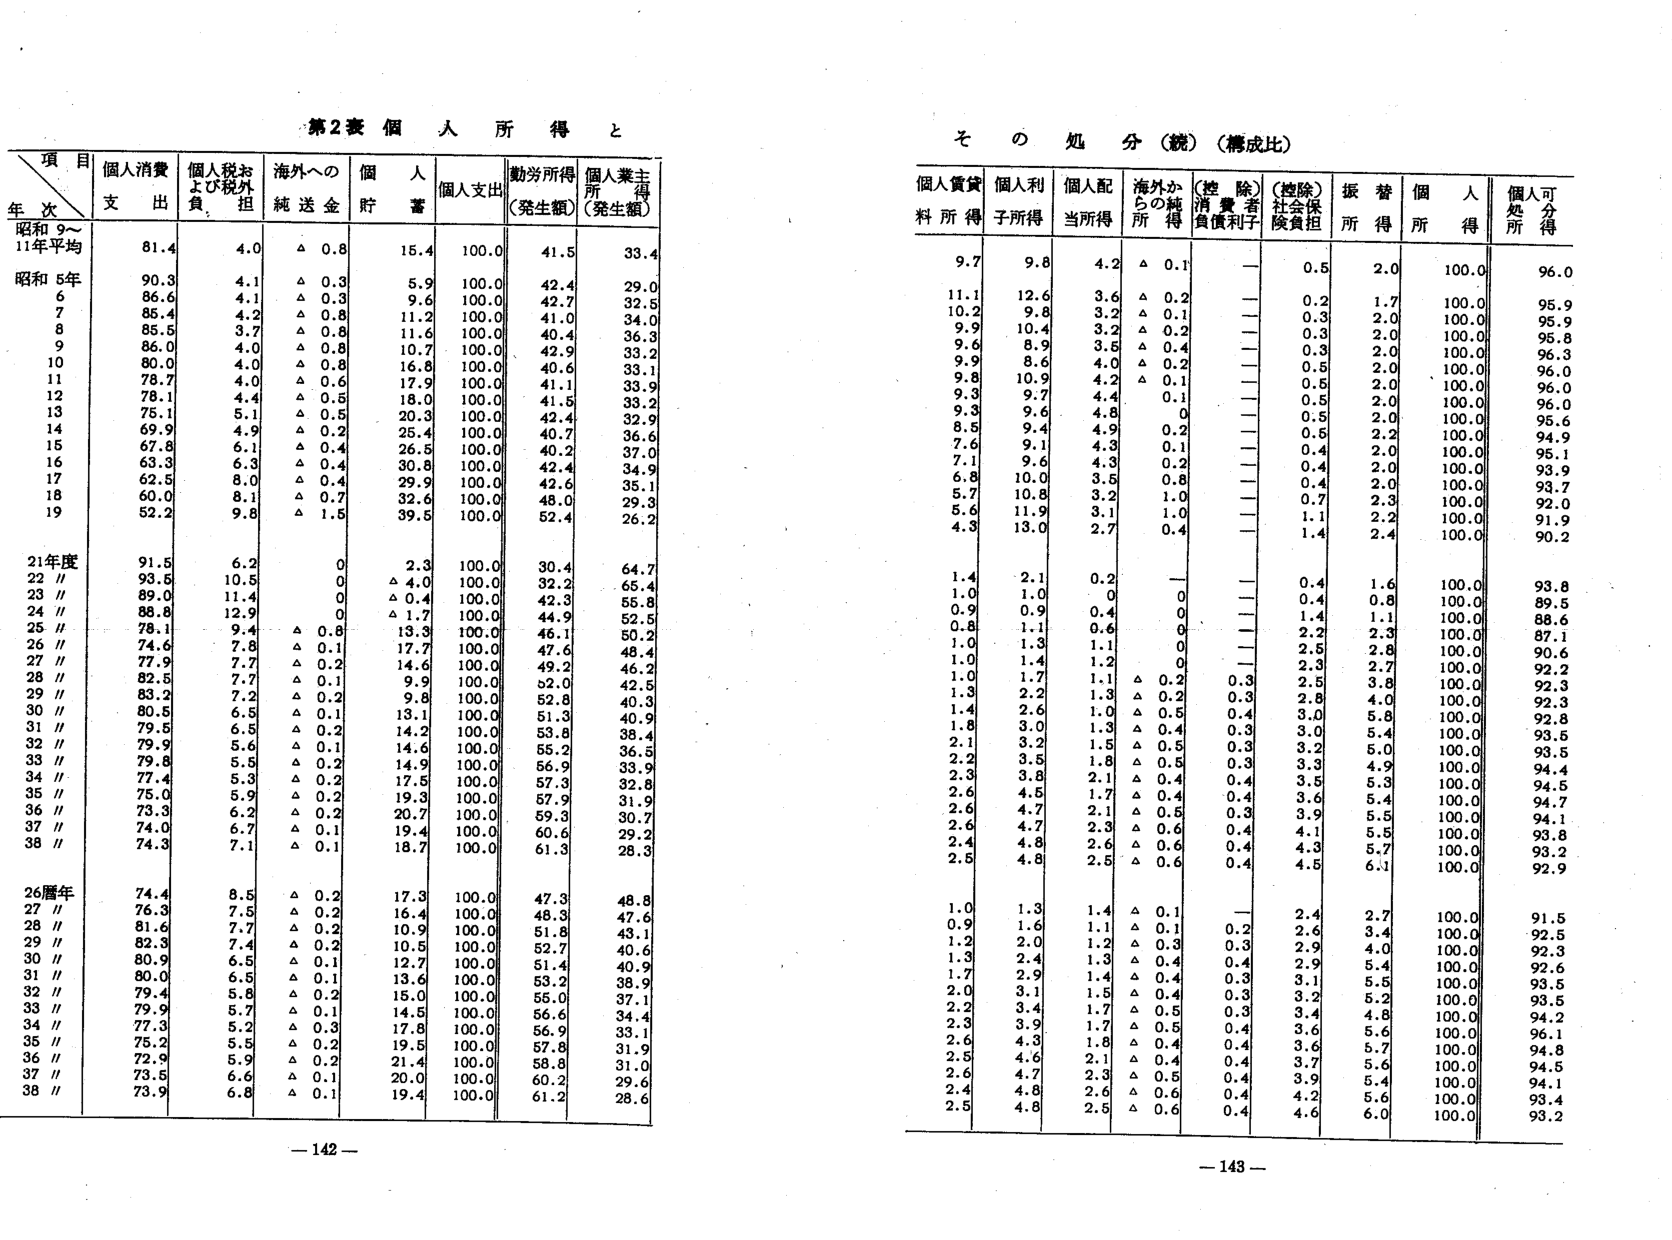
第2表 個人所得と

項目
年次
個人消費支出
個人税および税外負担
海外への純送金
個人貯蓄
個人支出
勤労所得（発生額）
個人業主所得（発生額）

昭和9～11年平均
81.4
4.0
△ 0.8
15.4
100.0
41.5
33.4

昭和5年
90.3
4.1
△ 0.3
5.9
100.0
42.4
29.0
6
86.6
4.1
△ 0.3
9.6
100.0
42.7
32.5
7
85.4
4.2
△ 0.8
11.2
100.0
41.0
34.0
8
85.5
3.7
△ 0.8
11.6
100.0
40.4
36.3
9
86.0
4.0
△ 0.8
10.7
100.0
42.9
33.2
10
80.0
4.0
△ 0.8
16.8
100.0
40.6
33.1
11
78.7
4.0
△ 0.6
17.9
100.0
41.1
33.9
12
78.1
4.4
△ 0.5
18.0
100.0
41.5
33.2
13
75.1
5.1
△ 0.5
20.3
100.0
42.4
32.9
14
69.9
4.9
△ 0.2
25.4
100.0
40.7
36.6
15
67.8
6.1
△ 0.4
26.5
100.0
40.2
37.0
16
63.3
6.3
△ 0.4
30.8
100.0
42.4
34.9
17
62.5
8.0
△ 0.4
29.9
100.0
42.6
35.1
18
60.0
8.1
△ 0.7
32.6
100.0
48.0
29.3
19
52.2
9.8
△ 1.5
39.5
100.0
52.4
26.2

21年度
91.5
6.2
0
2.3
100.0
30.4
64.7
22 //
93.5
10.5
0
△ 4.0
100.0
32.2
65.4
23 //
89.0
11.4
0
△ 0.4
100.0
42.3
55.8
24 //
88.8
12.9
0
△ 1.7
100.0
44.9
52.5
25 //
78.1
9.4
△ 0.8
13.3
100.0
46.1
50.2
26 //
74.6
7.8
△ 0.1
17.7
100.0
47.6
48.4
27 //
77.9
7.7
△ 0.2
14.6
100.0
49.2
46.2
28 //
82.5
7.7
△ 0.1
9.9
100.0
52.0
42.5
29 //
83.2
7.2
△ 0.2
9.8
100.0
52.8
40.3
30 //
80.5
6.5
△ 0.1
13.1
100.0
51.3
40.9
31 //
79.5
6.5
△ 0.2
14.2
100.0
53.8
38.4
32 //
79.9
5.6
△ 0.1
14.6
100.0
55.2
36.5
33 //
79.8
5.5
△ 0.2
14.9
100.0
56.9
33.9
34 //
77.4
5.3
△ 0.2
17.5
100.0
57.3
32.8
35 //
75.0
5.9
△ 0.2
19.3
100.0
57.9
31.9
36 //
73.3
6.2
△ 0.2
20.7
100.0
59.3
30.7
37 //
74.0
6.7
△ 0.1
19.4
100.0
60.6
29.2
38 //
74.3
7.1
△ 0.1
18.7
100.0
61.3
28.3

26暦年
74.4
8.5
△ 0.2
17.3
100.0
47.3
48.8
27 //
76.3
7.5
△ 0.2
16.4
100.0
48.3
47.6
28 //
81.6
7.7
△ 0.2
10.9
100.0
51.8
43.1
29 //
82.3
7.4
△ 0.2
10.5
100.0
52.7
40.6
30 //
80.9
6.5
△ 0.1
12.7
100.0
51.4
40.9
31 //
80.0
6.5
△ 0.1
13.6
100.0
53.2
38.9
32 //
79.4
5.8
△ 0.2
15.0
100.0
55.0
37.1
33 //
79.9
5.7
△ 0.1
14.5
100.0
56.6
34.4
34 //
77.3
5.2
△ 0.3
17.8
100.0
56.9
33.1
35 //
75.2
5.5
△ 0.2
19.5
100.0
57.8
31.9
36 //
72.9
5.9
△ 0.2
21.4
100.0
58.8
31.0
37 //
73.5
6.6
△ 0.1
20.0
100.0
60.2
29.6
38 //
73.9
6.8
△ 0.1
19.4
100.0
61.2
28.6

— 142 —

その処分（鏡）（構成比）

個人賃貸料所得
個人利子所得
個人配当所得
海外からの純所得
（控除）消費者負債利子
（控除）社会保険負担
振替所得
個人所得
個人可処分所得

9.7
9.8
4.2
△ 0.1
—
0.5
2.0
100.0
96.0

11.1
12.6
3.6
△ 0.2
—
0.2
1.7
100.0
95.9

10.2
9.8
3.2
△ 0.1
—
0.3
2.0
100.0
95.9

9.9
10.4
3.2
△ 0.2
—
0.3
2.0
100.0
95.8

9.6
8.9
3.5
△ 0.4
—
0.3
2.0
100.0
96.3

9.9
8.6
4.0
△ 0.2
—
0.5
2.0
100.0
96.0

9.8
10.9
4.2
△ 0.1
—
0.5
2.0
100.0
96.0

9.3
9.7
4.4
0.1
—
0.5
2.0
100.0
96.0

9.3
9.6
4.8
0
—
0.5
2.0
100.0
95.6

8.5
9.4
4.9
0.2
—
0.5
2.2
100.0
94.9

7.6
9.1
4.3
0.1
—
0.4
2.0
100.0
95.1

7.1
9.6
4.3
0.2
—
0.4
2.0
100.0
93.9

6.8
10.0
3.5
0.8
—
0.4
2.0
100.0
93.7

5.7
10.8
3.2
1.0
—
0.7
2.3
100.0
92.0

5.6
11.9
3.1
1.0
—
1.1
2.2
100.0
91.9

4.3
13.0
2.7
0.4
—
1.4
2.4
100.0
90.2

1.4
2.1
0.2
—
—
0.4
1.6
100.0
93.8

1.0
1.0
0
0
—
0.4
0.8
100.0
89.5

0.9
0.9
0.4
0
—
1.4
1.1
100.0
88.6

0.8
1.1
0.6
0
—
2.2
2.3
100.0
87.1

1.0
1.3
1.1
0
—
2.5
2.8
100.0
90.6

1.0
1.4
1.2
0
—
2.3
2.7
100.0
92.2

1.0
1.7
1.1
△ 0.2
0.3
2.5
3.8
100.0
92.3

1.3
2.2
1.3
△ 0.2
0.3
2.8
4.0
100.0
92.3

1.4
2.6
1.0
△ 0.5
0.4
3.0
5.8
100.0
92.8

1.8
3.0
1.3
△ 0.4
0.3
3.0
5.4
100.0
93.5

2.1
3.2
1.5
△ 0.5
0.3
3.2
6.0
100.0
93.5

2.2
3.5
1.8
△ 0.5
0.3
3.3
4.9
100.0
94.4

2.3
3.8
2.1
△ 0.4
0.4
3.5
5.3
100.0
94.5

2.6
4.5
1.7
△ 0.4
0.4
3.6
5.4
100.0
94.7

2.6
4.7
2.1
△ 0.5
0.3
3.9
5.5
100.0
94.1

2.6
4.7
2.3
△ 0.6
0.4
4.1
5.5
100.0
93.8

2.4
4.8
2.6
△ 0.6
0.4
4.3
5.7
100.0
93.2

2.5
4.8
2.5
△ 0.6
0.4
4.5
6.1
100.0
92.9

1.0
1.3
1.4
△ 0.1
—
2.4
2.7
100.0
91.5

0.9
1.6
1.1
△ 0.1
0.2
2.6
3.4
100.0
92.5

1.2
2.0
1.2
△ 0.3
0.3
2.9
4.0
100.0
92.3

1.3
2.4
1.3
△ 0.4
0.4
2.9
5.4
100.0
92.6

1.7
2.9
1.4
△ 0.4
0.3
3.1
5.5
100.0
93.5

2.0
3.1
1.5
△ 0.4
0.3
3.2
5.2
100.0
93.5

2.2
3.4
1.7
△ 0.5
0.3
3.4
4.8
100.0
94.2

2.3
3.9
1.7
△ 0.5
0.4
3.6
5.6
100.0
96.1

2.6
4.3
1.8
△ 0.4
0.4
3.6
5.7
100.0
94.8

2.5
4.6
2.1
△ 0.4
0.4
3.7
5.6
100.0
94.5

2.6
4.7
2.3
△ 0.5
0.4
3.9
5.4
100.0
94.1

2.4
4.8
2.6
△ 0.6
0.4
4.2
5.6
100.0
93.4

2.5
4.8
2.5
△ 0.6
0.4
4.6
6.0
100.0
93.2

— 143 —